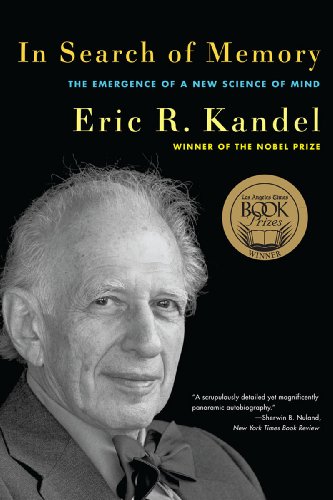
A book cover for In Search of Memory: The Emergence of a New Science of Mind; Eric R. Kandel; Medical Books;